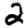
Digit: 2